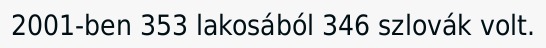
2001-ben 353 lakosából 346 szlovák volt.